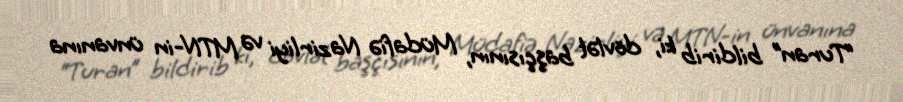
“Turan” bildirib ki, dövlət başçısının, Müdafiə Nazirliyi və MTN-in ünvanına